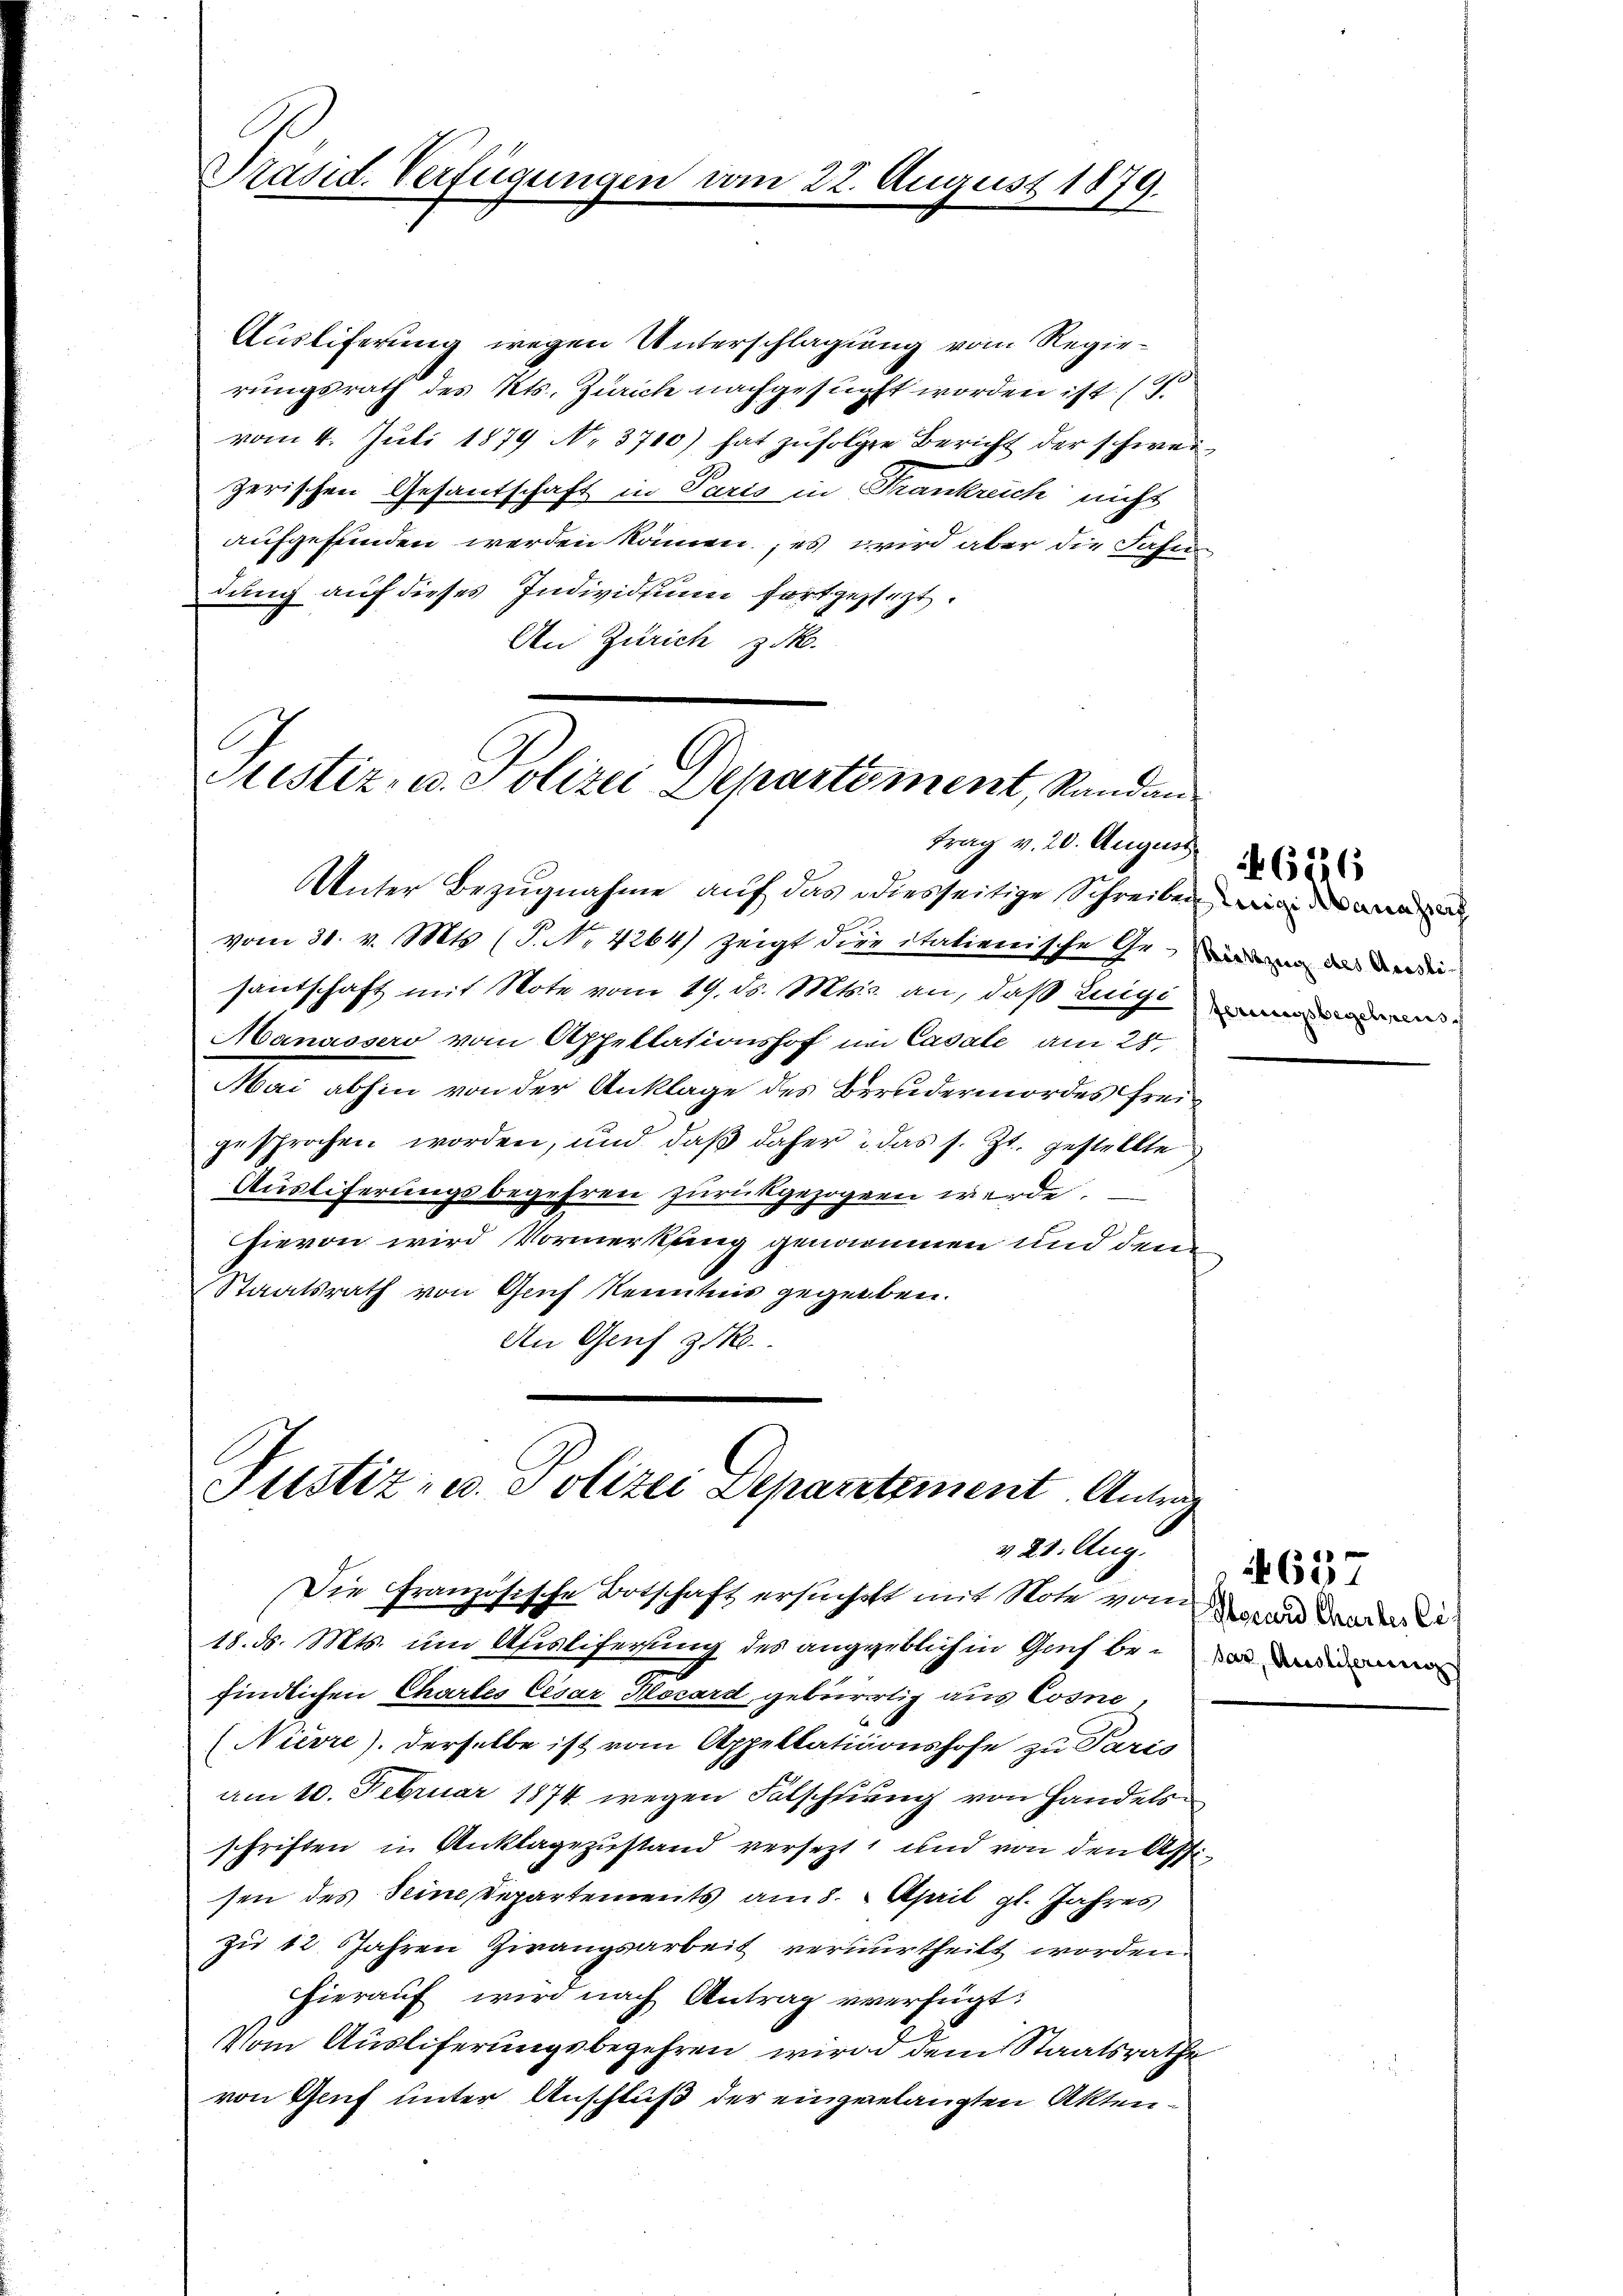
Ausliferung wegen Unterschlagung vom Regierungsrath des Kts. Zürich nachgesucht worden ist. (2.
vom 4. Juli 1879 No 3710) hat zufolgen Bericht der schweizerischen Gesandschaft in Paris in Frankreich nicht
aufgefunden werden kämen; es wird aber die Jahrdung auf dieses Individuum fortzustizt.
An Zürich z.

Präsid. Verfügungen.

4. August 1879.

Justiz- u. Polizei Departement, Standen
trag v. 20. August

Unter Bezugnahme auf das diesseitige Schreiben wi
vom 31. v. Mts. (T. No. 4264) zeigt die italienische Grund in der werde
santschaft mit Note vom 19. ds. Mts. an, daß ange
Manassero vom Appellationshof im Casale am 28.
Mai abhin von der Anklage des Berudermordes freigesprochen worden, und daβ daher das s. Zt. gestellte
Ausliferungsbegehren zurückgezogen werde.
hievon wird Vormerkung genommen und denn
Staatsrath von Genf Kenntnis gegeben.
An Genf 31.

Justiz- u. Polizei Departement. Antra
v 28. Aug.

Die Französische Botschaft ersuchett mit Note von den werden
18. ds. Mts. um Ausliferung des augenblichen Greif befindlichen Chartes Cesar Mocard gebrirrtig aus Cosne,
(Nievre). Derselbe ist vom Appellationshofe zu Paris
am 10. Februar 1874 wegen Falschnung von Handels
schriften in Anklagezustand versezt, und von den Assisen des Seine Departements am 8. April gl. Jahres
zu 12 Jahren Zwangsarbeit verurtheilt worden.
hierauf wird nach Antrag verfügt:
Vom Ausliferungsbegehren wird dem Staatsrathe
von Gruf unter Anschluß der eingelangten Akten¬

46226

4657